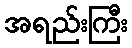
အရည်းကြီး